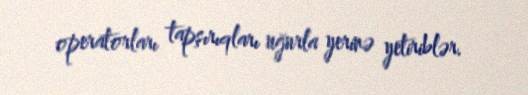
operatorları tapşırıqları uğurla yerinə yetiriblər.